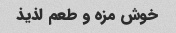
خوش مزه و طعم لذیذ